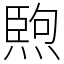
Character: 𤍥